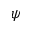
\psi